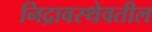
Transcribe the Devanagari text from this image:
निद्रावस्थेवतील